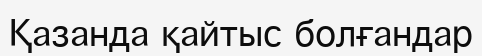
Қазанда қайтыс болғандар